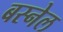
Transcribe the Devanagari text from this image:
बस्नेल